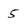
Character: 5